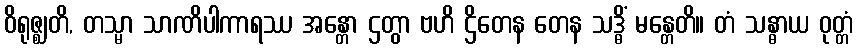
ဝိရုဇ္ဈတိ, တသ္မာ သာဏိပါကာရဿ အန္တော ဌတွာ ဗဟိ ဌိတေန တေန သဒ္ဓိံ မန္တေတိ။ တံ သန္ဓာယ ဝုတ္တံ